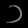
Digit: ၁